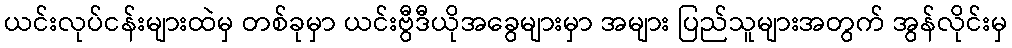
ယင်းလုပ်ငန်းများထဲမှ တစ်ခုမှာ ယင်းဗွီဒီယိုအခွေများမှာ အများ ပြည်သူများအတွက် အွန်လိုင်းမှ